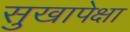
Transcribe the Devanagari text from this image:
सुखापेक्षा